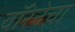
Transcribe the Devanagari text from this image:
वॉरेनेचा